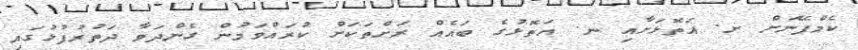
ކެމްޕޭނަށް ށ. އަތޮޅަށާއި ނ. އަތޮޅުގެ ބައެއް ރަށްތަކަށް ކުރައްވަމުން ގެންދަވާ ދަތުރުފުޅުގައި